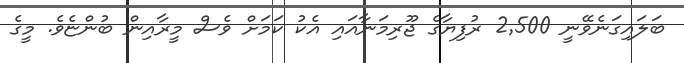
ބަލައިގަނެވޭނީ 2